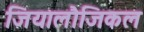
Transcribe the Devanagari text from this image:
जियालौजिकल